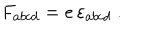
F _ { a b c d } = e \, \varepsilon _ { a b c d } ~ .